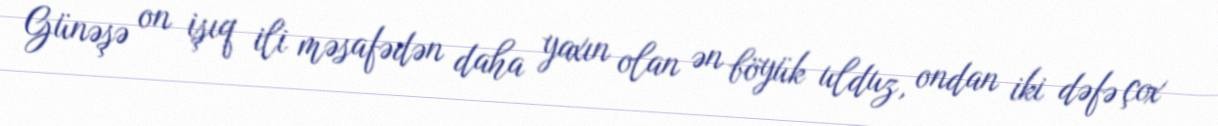
Günəşə on işıq ili məsafədən daha yaxın olan ən böyük ulduz, ondan iki dəfə çox